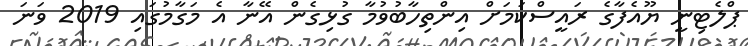
ޕްލެޓިނީ ޔޫއެފާގެ ރައީސްކަމަށް އިންތިހާބުވުމާ ގުޅިގެން އޭނާ އެ މަގާމުގައި 2019 ވަނަ